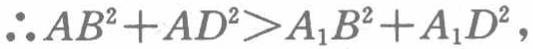
\(\therefore AB^{2}+AD^{2}>A_{1}B^{2}+A_{1}D^{2},\)